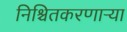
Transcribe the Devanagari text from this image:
निश्चितकरणाऱ्या